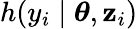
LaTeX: h(y_{i}\mid\boldsymbol{\theta},\mathbf{z}_{i})